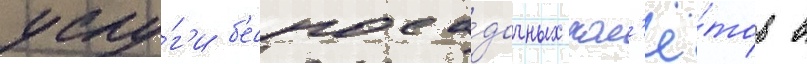
услу́г'и б'еспоса́дочных пол'ё́тов в